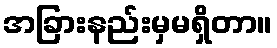
အခြားနည်းမှမရှိတာ။